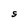
Character: S